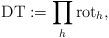
LaTeX: \begin{align*} \mathrm{DT}:=\prod_{h} \mathrm{rot}_{h},\end{align*}